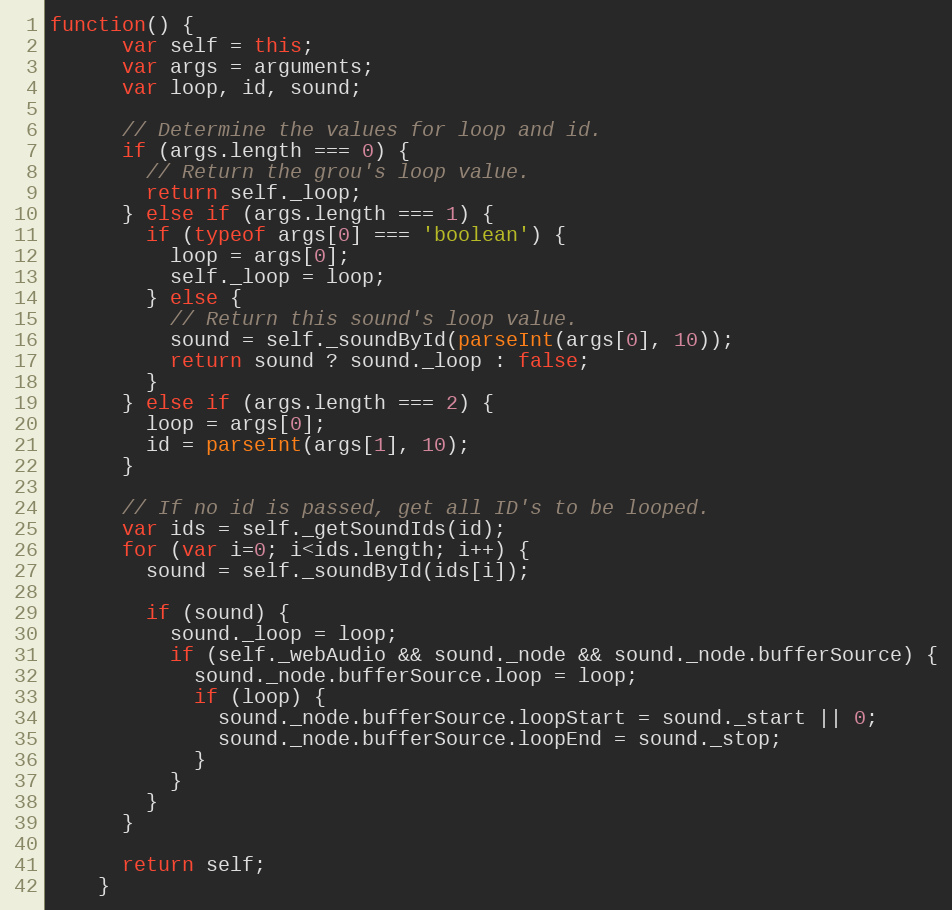
Language: JavaScript
function() {
      var self = this;
      var args = arguments;
      var loop, id, sound;

      // Determine the values for loop and id.
      if (args.length === 0) {
        // Return the grou's loop value.
        return self._loop;
      } else if (args.length === 1) {
        if (typeof args[0] === 'boolean') {
          loop = args[0];
          self._loop = loop;
        } else {
          // Return this sound's loop value.
          sound = self._soundById(parseInt(args[0], 10));
          return sound ? sound._loop : false;
        }
      } else if (args.length === 2) {
        loop = args[0];
        id = parseInt(args[1], 10);
      }

      // If no id is passed, get all ID's to be looped.
      var ids = self._getSoundIds(id);
      for (var i=0; i<ids.length; i++) {
        sound = self._soundById(ids[i]);

        if (sound) {
          sound._loop = loop;
          if (self._webAudio && sound._node && sound._node.bufferSource) {
            sound._node.bufferSource.loop = loop;
            if (loop) {
              sound._node.bufferSource.loopStart = sound._start || 0;
              sound._node.bufferSource.loopEnd = sound._stop;
            }
          }
        }
      }

      return self;
    }